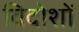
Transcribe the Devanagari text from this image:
विदोशों